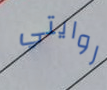
روايتي